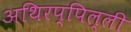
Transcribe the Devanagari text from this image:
अथिरप्पिल्ली